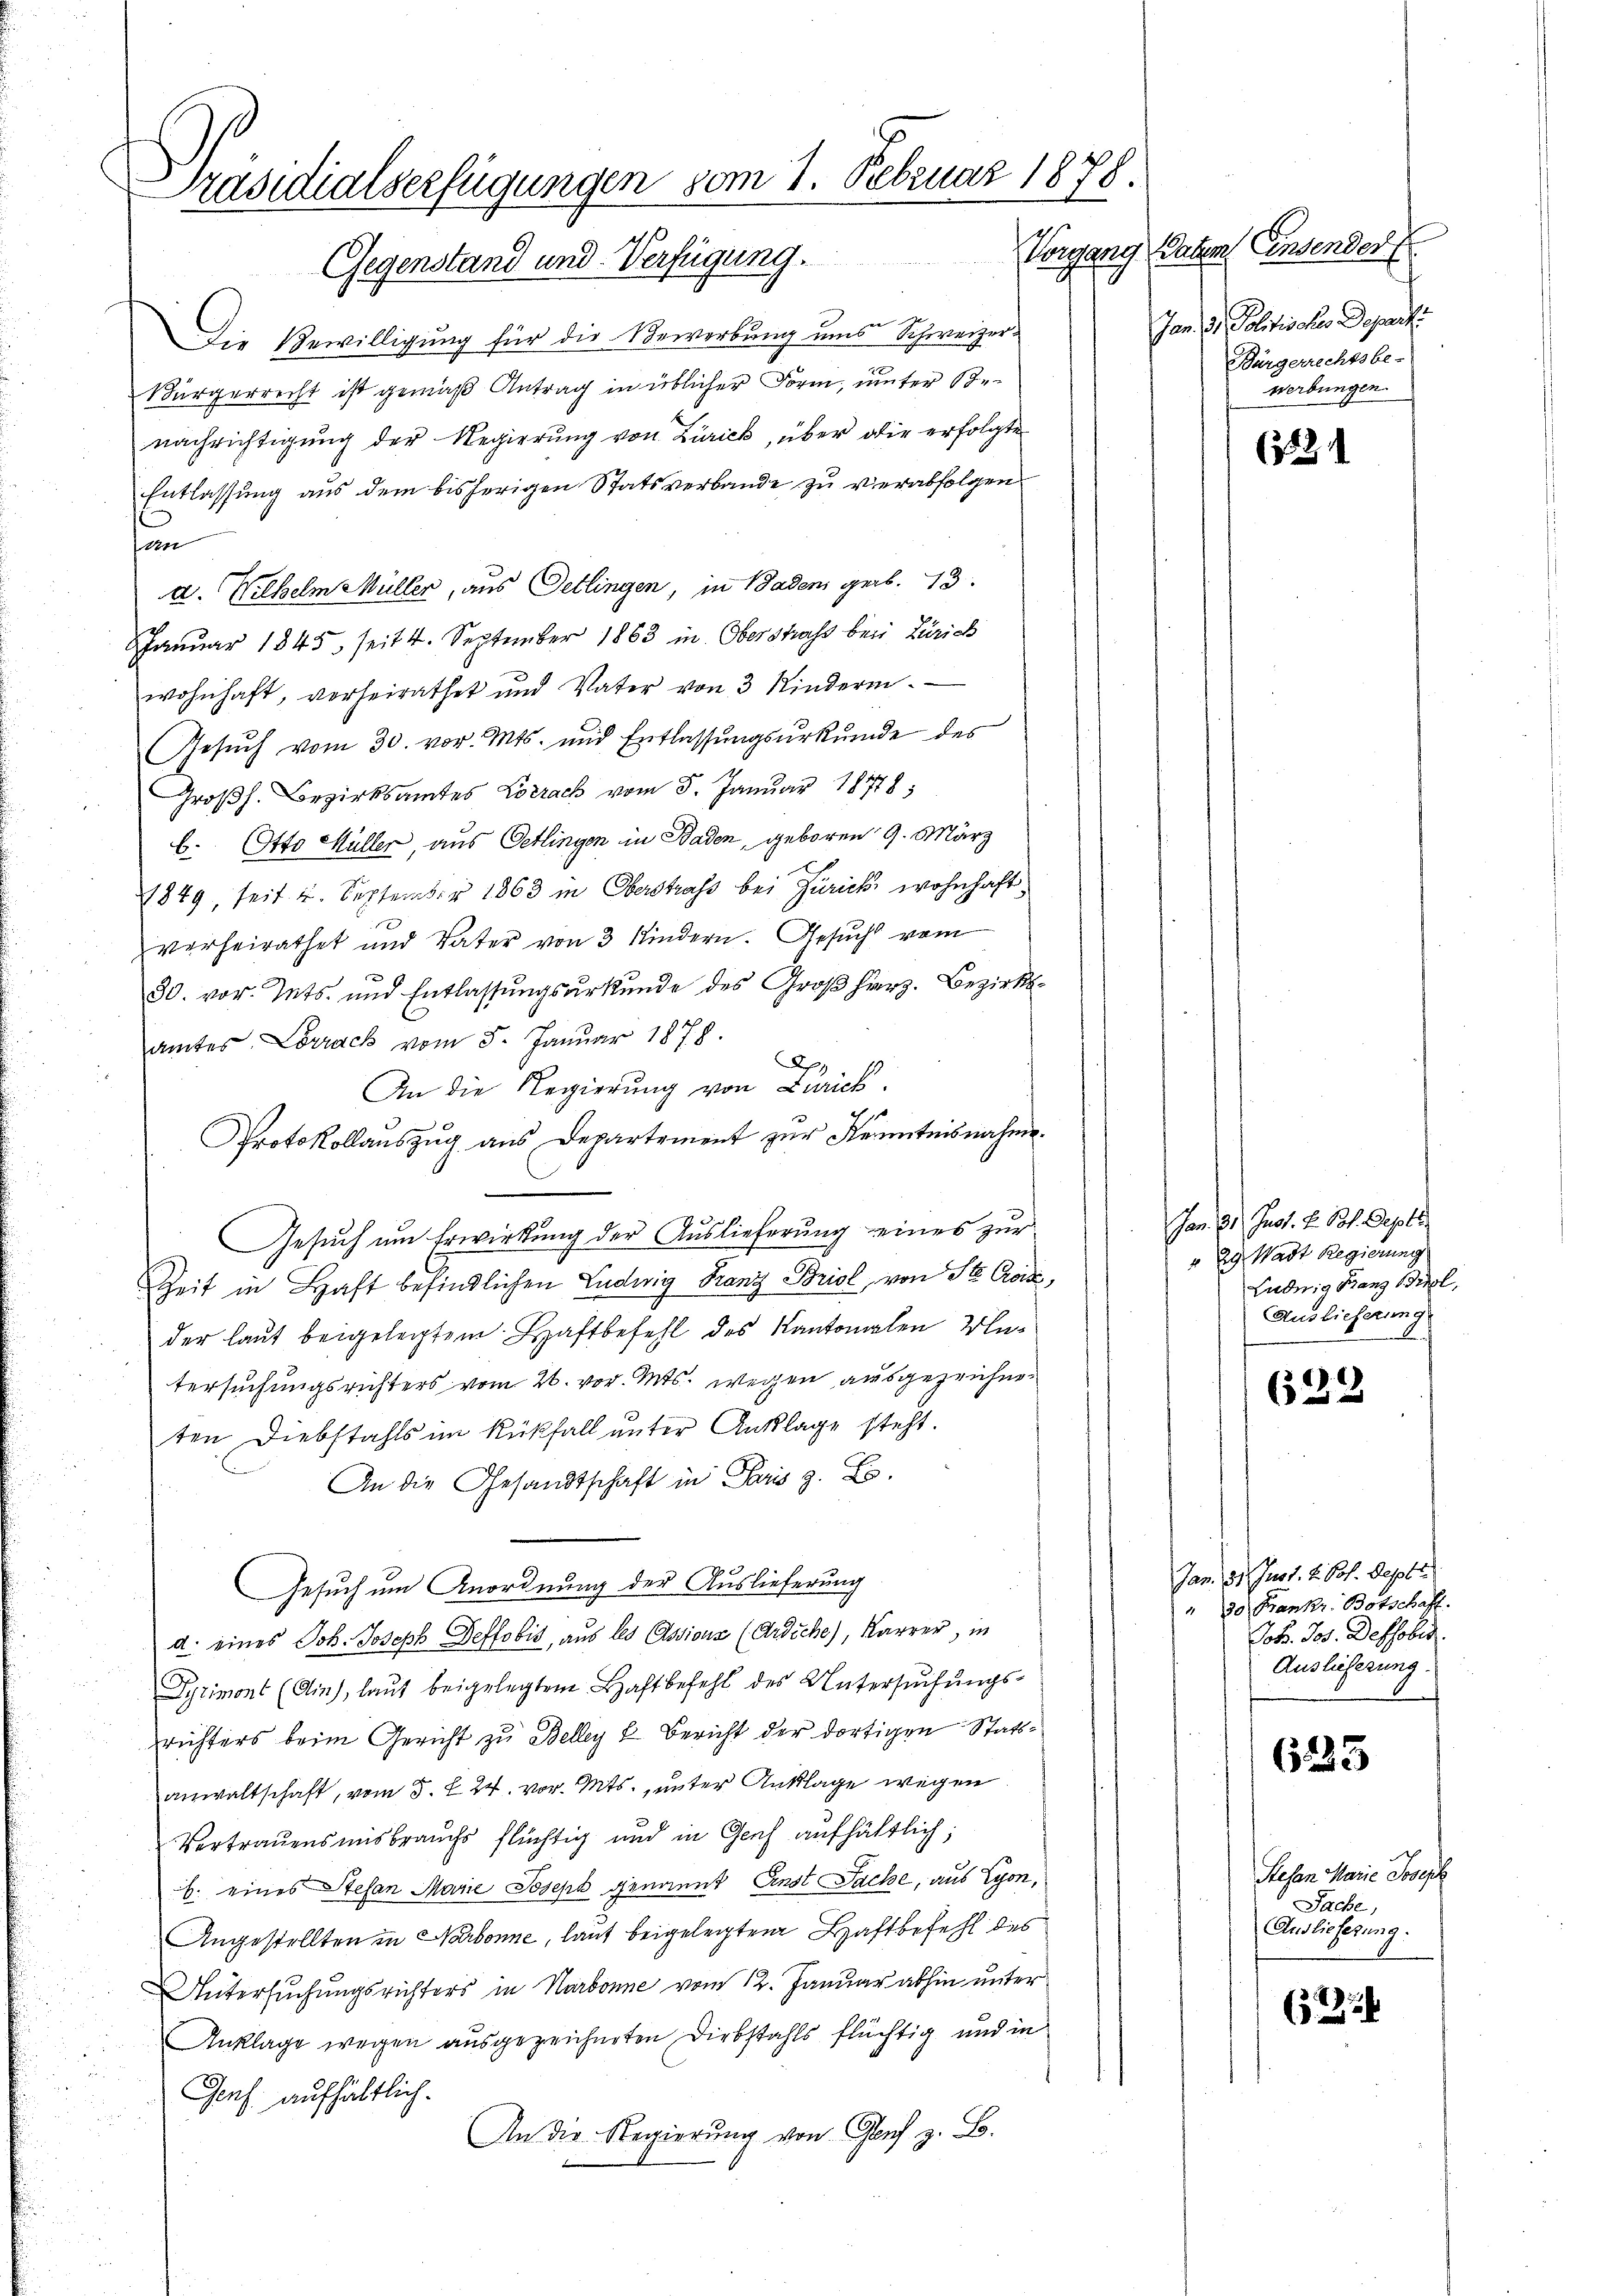
Präsidialserfügungen vom 1. Februar 1878.
anglung
Gegenstand und Verfügung.

e
Die Bewilligung für die Bewerbung uns Schweizer¬
Bürgerrecht ist gemäß Antrag in üblicher Form, unter Benachrichtigung der Regierung von Zürick, über die erfolgte
Entlassung aus dem bisherigen Statsverbande zu verabfolgen
n
a. Wilhelm Müller, aus Petlingen, in Badens geb. 13.
JJanuar 1845. seit 4. September 1863 in Oberstrafs bei Zürich
wohnhaft, vorheirathet und Vater von 3 Kinderm
Gesŭch vom 30. vor. Mts. und Entlassungsurkunde des
Großh. Bezirksamtes Lörrack vom 5. Januar 18778;
b. Otto Müller aus Oetlingen in Baden, geboren 9. März
1849, seit 4. September 1863 in Oberstraf bei Zürich wohnhaft
verheirathet und Vater von 3 Kindern. Gesucht vom
30. vor. Mts. und Entlassungsurkunde des Großherz. Bezirksamtes Lörrack vom 5. Januar 1878.
Ap.
An die Regierung von Zurick.
Protokollauszug aus Departement zur Kenntnisnahme.
Gesuch um Erwirkung der Auslieferung eines zur
Zeit in Haft befindlichen Ludwig Franz Briol, von St. Cois,
der laut beigelegtem Haftbefehl des Kantonalen Untersuchungsrichters vom 26. vor. Mts. wegen ausgezeichneten Diebstahls im Rückfall unter Anklage steht.
An die Gesandtschaft in Paris z. B.
Gesuch um Anordnung der Auslieferung
d. eines Joh. Joseph Deffobis, aus des Assions (Ardiche), Karrer, in
Syrimont (Ain), laut beigelegtem Bahtbefehl des Untersŭchŭngs-
richters beim Gericht zu Beller & Bericht der dortigen Stattanwaltschaft, vom 5. f. 24. vor. Mts., unter Anklage wegen
Vertrauensmisbrauchs flüchtig und in Genf aufhältlich;
b. eines Stefan Marie Joseph genannt Anst Sache, aus Lyon,
Angestellten in Narbonne, laut beigelegten Haftbefehl des
Untersuchungsrichters in Narbonne vom 12. Januar abhin unter
Anklage wegen ausgezeichneten Diebstahls flüchtig und in
Genf aufhältlich.
An der Regierung von Genf z. B.

Paten Einsender
Jan. d. Politischer Departi
Bürgerrechtsbe-
werbungen.

(1221

Jan. 21. Just. H. Joh. Septe
" 29 Wadt Regierung
Ludwig Franz Biel,
Auslieferung

622

Jan. 121. Jus 1. d. Pot. Sept.
" 30 Frankr. Botschaff
Jokr. Jos. Defsober.
Auslieferung.

6223

Refan Marie Joseph
Sache,
Auslieferung:

(22